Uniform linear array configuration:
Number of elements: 32
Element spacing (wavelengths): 0.5
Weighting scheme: binomial
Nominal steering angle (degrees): -15
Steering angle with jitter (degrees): -15.443
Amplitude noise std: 0.05
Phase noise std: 0.05

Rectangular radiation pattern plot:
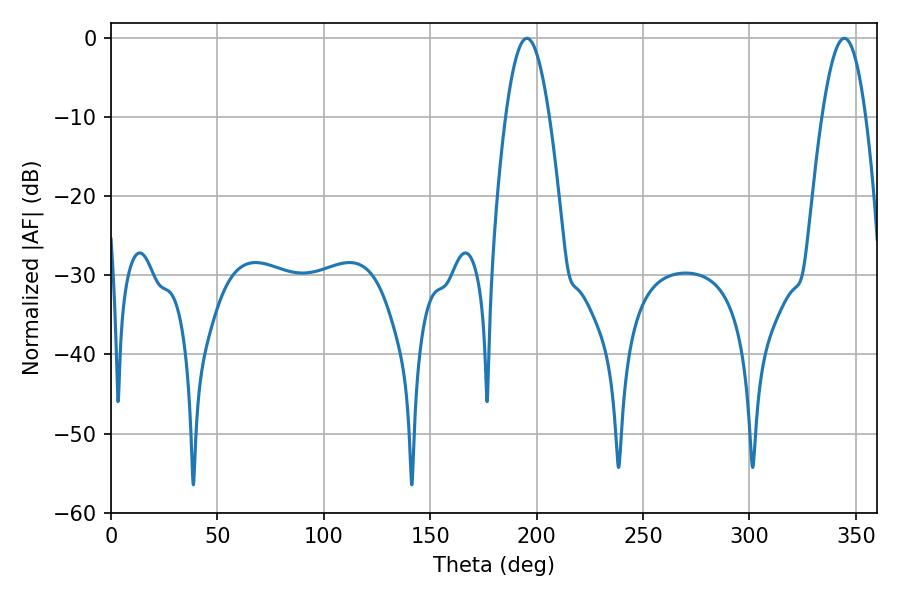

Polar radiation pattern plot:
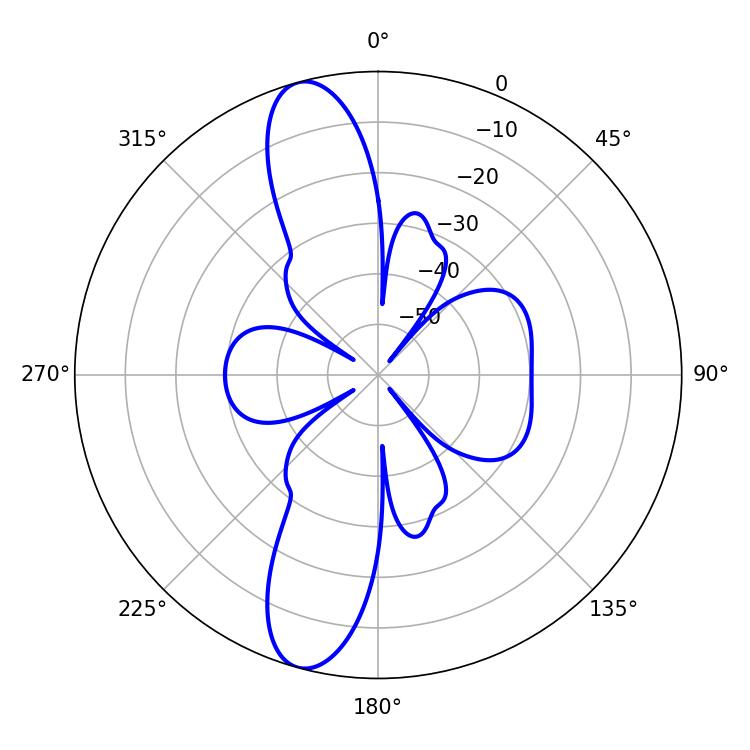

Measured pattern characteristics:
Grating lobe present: FALSE
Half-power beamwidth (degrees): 11.16
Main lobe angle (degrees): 195.48